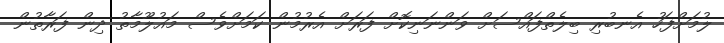
ލުމަށްފަހު އެނބުރި ބިލެތްފައްސަށް ވަންނަނިކޮށް ފަރަށް އެރުމުން ކަމަށްވެސް މައުލޫމާތު ދިން ފަރާތުން